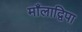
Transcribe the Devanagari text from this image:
माँलाद्विपा